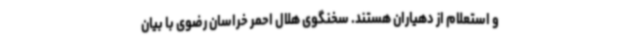
و استعلام از دهیاران هستند. سخنگوی هلال احمر خراسان رضوی با بیان